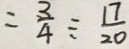
= \frac { 3 } { 4 } \div \frac { 1 7 } { 2 0 }